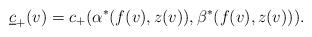
LaTeX: \begin{align*} \underline{c}_+(v)=c_+(\alpha^\ast(f(v),z(v)),\beta^\ast(f(v),z(v))).\end{align*}